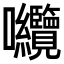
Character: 𭍘